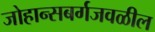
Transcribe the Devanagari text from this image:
जोहान्सबर्गजवळील